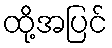
ထို့အပြင်